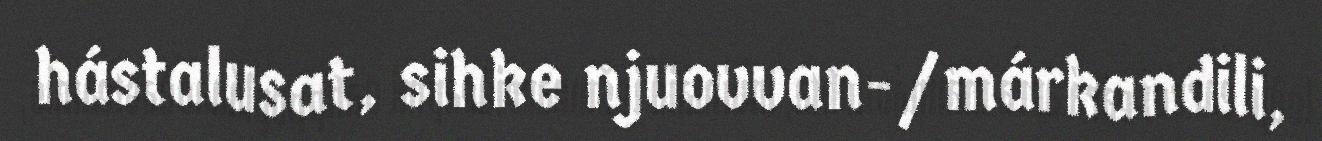
hástalusat, sihke njuovvan-/márkandili,